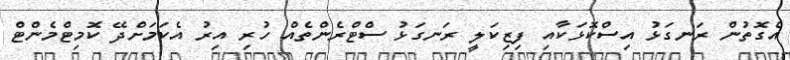
އެގޮތުން ރަނގަޅު އިސްކޮޅަކާއި ފިޒިކަލީ ރަނގަޅު ސްޓްރެންތެއް ހުރި އިރު އެކަމަށްދޭ ކޮމިޓްމެންޓް